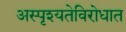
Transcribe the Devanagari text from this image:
अस्पृश्यतेविरोधात